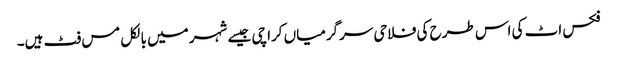
فکس اٹ کی اس طرح کی فلاحی سرگرمیاں کراچی جیسے شہر میں بالکل مس فٹ ہیں۔